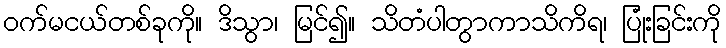
ဝက်မငယ်တစ်ခုကို။ ဒိသွာ၊ မြင်၍။ သိတံပါတွာကာသိကိရ၊ ပြုံးခြင်းကို